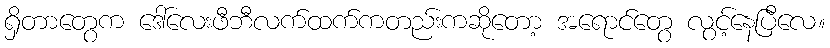
ရှိတာတွေက ဒေါ်လေးဖီဘီလက်ထက်ကတည်းကဆိုတော့ အရောင်တွေ လွင့်နေပြီလေ။